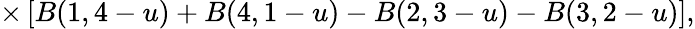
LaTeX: \times\left[B(1,4-u)+B(4,1-u)-B(2,3-u)-B(3,2-u)\right],